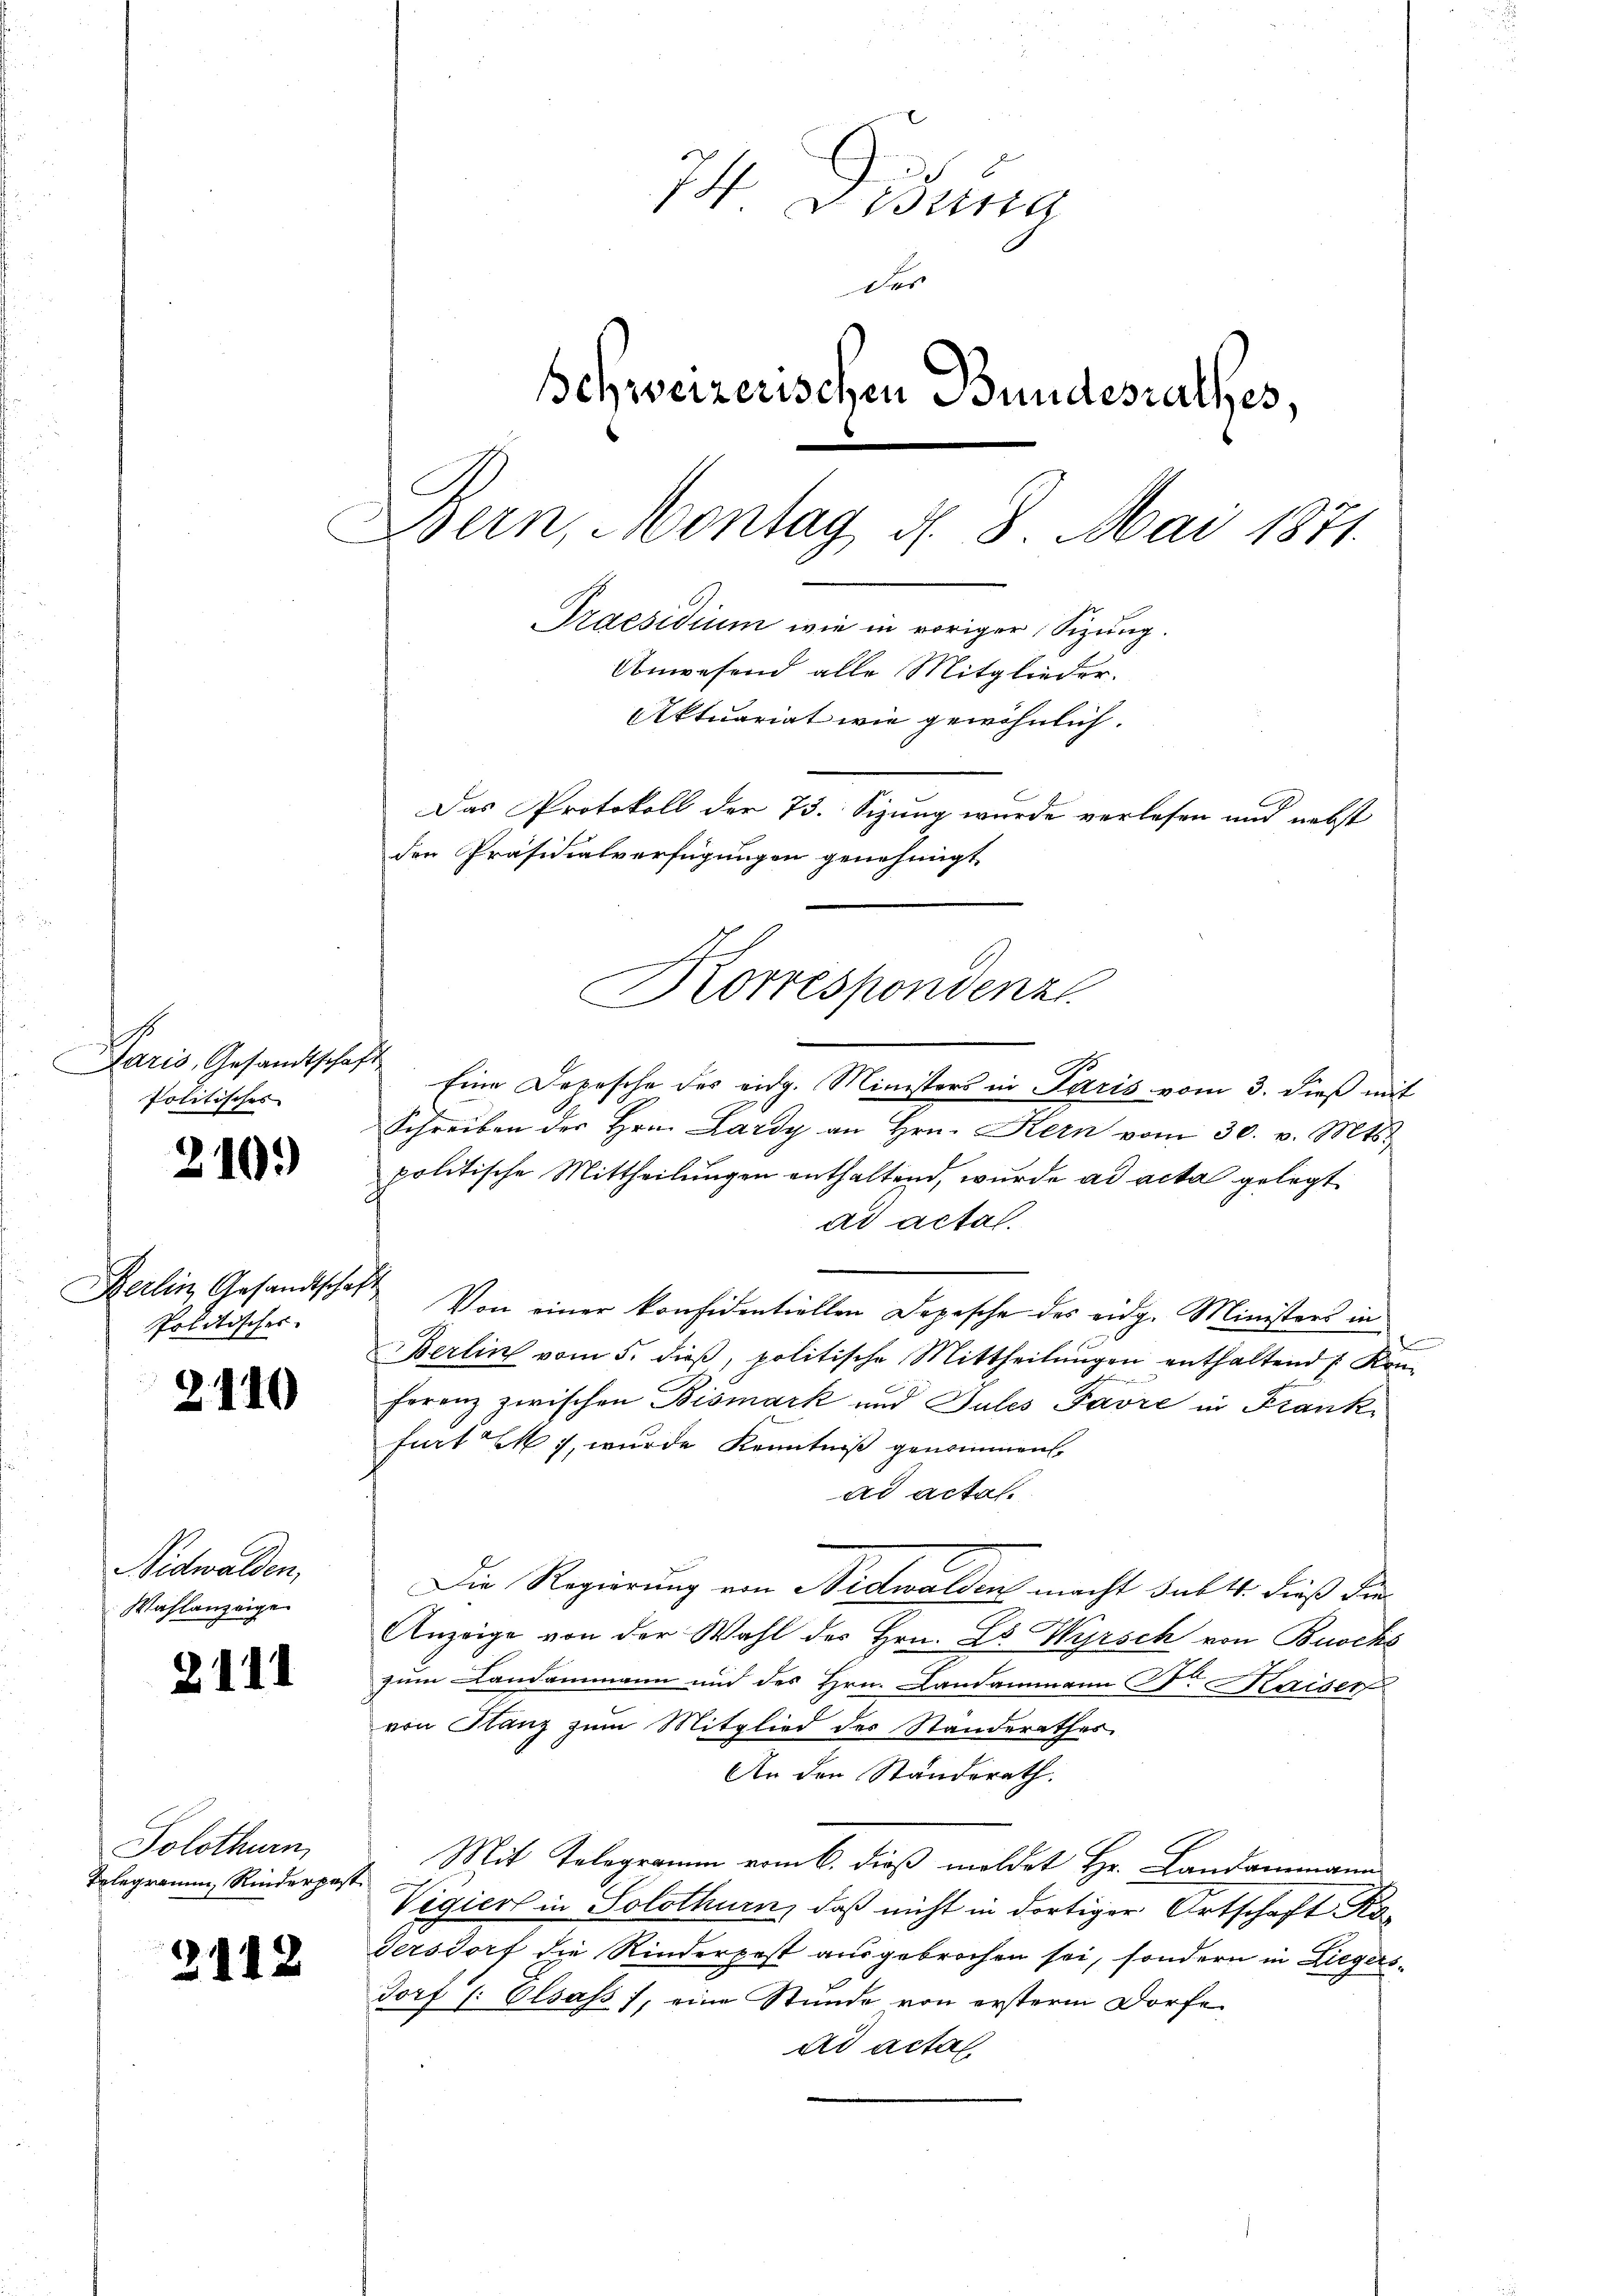
1
Faris, Gesandtschaft
Politisches

d

24.

10.)

Berlin, Gesandtscha
Politisches

81

10

Nidwalden,
Wahlanzeige

1

Solothurn,
Telegramm, Rinderpest

2112

I. Betra
Der
Schweizerischen Bundesrathes,
Bern, Montag d. 8. Mai 1871.
Praesidium wie in voriger Sizung.
Anwesend alle Mitglieder.
Aktuariat wie gewöhnlich.
Das Protokoll der 73. Sizung wurde verlesen und nebst
den Präsidialverfügungen genehmigt.

Eine Depesche des eidg. Ministers in Paris vom 3. dieß mit
Schreiben der Hrn. Lardy an Hrn. Kern vom 30. v. Mts.
politische Mittheilungen enthaltend, wurde ad acta gelegt
ad actal.
 Von einer konfidentiellen Depesche des eidg. Ministers in
Berlin vom 5. dieβ, politische Mittheilŭngen enthaltend Kon-
e
ferenz zwischen Bismark und Sules Favre in Frank
furt M., wurde Kenntniß genommen.
ad acta.
Die Regierung von Nidwalden macht sub 14. dieß der
Anzeige von der Wahl des Hrn. Le Wyrsch von Buocks
zum Landammann und des Hrn. Landammann Sr. Kaiser
von Glanz zum Mitglied des Standerathes
An den Standerath.
Mit Telegramm vom 6. dieß moldet Hr. Landammann
Vegiert in Solothurn, daß nicht in dortiger Ortschaft Ko¬
Tersdorf die Kinderpost ausgebrochen sei, sondern in Liegers¬
13x Dorf (: Olsass, eine Stunde von ersterm Dorfe
ad actal

Korrespondenz